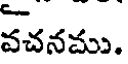
వచనము.